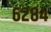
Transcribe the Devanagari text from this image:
६२८४